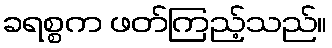
ခရစ္စက ဖတ်ကြည့်သည်။